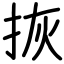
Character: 拻